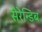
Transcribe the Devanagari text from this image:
सेरेन्डिब